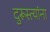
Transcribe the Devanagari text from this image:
दुरूस्त्यांना